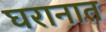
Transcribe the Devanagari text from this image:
घरानात